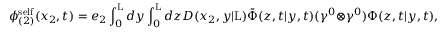
{ \phi } _ { ( 2 ) } ^ { \mathrm { s e l f } } ( x _ { 2 } , t ) = e _ { 2 } \int _ { 0 } ^ { \mathrm { L } } d y \int _ { 0 } ^ { \mathrm { L } } d z D ( x _ { 2 } , y | \mathrm { L } ) \bar { \Phi } ( z , t | y , t ) ( { \gamma } ^ { 0 } \otimes { \gamma } ^ { 0 } ) { \Phi } ( z , t | y , t ) ,